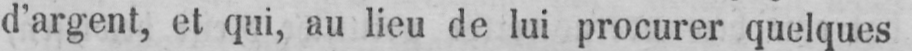
d’argent, et qui, au lieu de lui procurer quelques